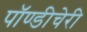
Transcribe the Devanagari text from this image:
पॉण्डीचेरी